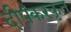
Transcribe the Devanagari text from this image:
दीपंकरकृत